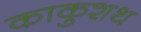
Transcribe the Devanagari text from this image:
काकुशथ